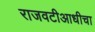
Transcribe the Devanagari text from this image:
राजवटीआधीचा